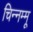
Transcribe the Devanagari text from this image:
चिन्‍नम्‍मू